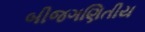
બીજગણિતીય